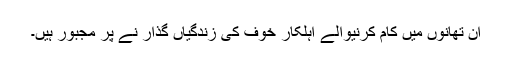
ان تھانوں میں کام کرنیوالے اہلکار خوف کی زندگیاں گذار نے پر مجبور ہیں۔